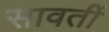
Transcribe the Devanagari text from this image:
सावतीं